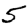
Digit: 5